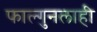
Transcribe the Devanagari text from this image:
फाल्गुनलाही